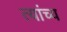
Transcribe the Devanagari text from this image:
त्यांच्य